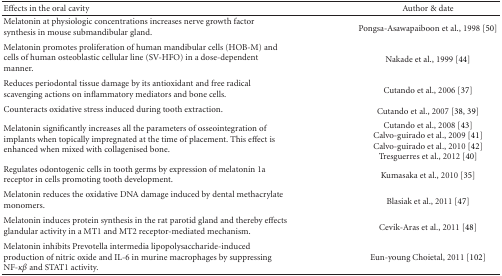
| Effects in the oral cavity | Author & date |
 | --- | --- |
 | Melatonin at physiologic concentrations increases nerve growth factor synthesis in mouse submandibular gland. | Pongsa-Asawapaiboon et al., 1998 [50] |
 | Melatonin promotes proliferation of human mandibular cells (HOB-M) and cells of human osteoblastic cellular line (SV-HFO) in a dose-dependent manner. | Nakade et al., 1999 [44] |
 | Reduces periodontal tissue damage by its antioxidant and free radical scavenging actions on inflammatory mediators and bone cells. | Cutando et al., 2006 [37] |
 | Counteracts oxidative stress induced during tooth extraction. | Cutando et al., 2007 [38, 39] |
 | Melatonin significantly increases all the parameters of osseointegration of implants when topically impregnated at the time of placement. This effect is enhanced when mixed with collagenised bone. | Cutando et al., 2008 [43] Calvo-guirado et al., 2009 [41] Calvo-guirado et al., 2010 [42]Tresguerres et al., 2012 [40] |
 | Regulates odontogenic cells in tooth germs by expression of melatonin 1a receptor in cells promoting tooth development. | Kumasaka et al., 2010 [35] |
 | Melatonin reduces the oxidative DNA damage induced by dental methacrylate monomers. | Blasiak et al., 2011 [47] |
 | Melatonin induces protein synthesis in the rat parotid gland and thereby effects glandular activity in a MT1 and MT2 receptor-mediated mechanism. | Cevik-Aras et al., 2011 [48] |
 | Melatonin inhibits Prevotella intermedia lipopolysaccharide-induced production of nitric oxide and IL-6 in murine macrophages by suppressing NF-κβ and STAT1 activity. | Eun-young Choietal, 2011 [102] |